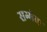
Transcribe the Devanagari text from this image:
सम्मेल